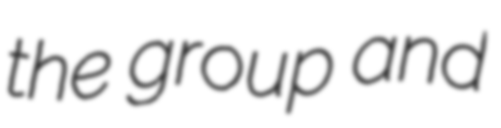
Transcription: the group and